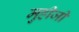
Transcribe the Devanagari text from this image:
मुहीजी